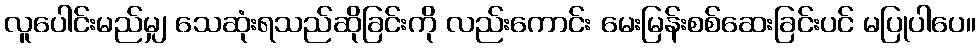
လူပေါင်းမည်မျှ သေဆုံးရသည်ဆိုခြင်းကို လည်းကောင်း မေးမြန်းစစ်ဆေးခြင်းပင် မပြုပါပေ။